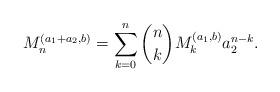
LaTeX: \begin{align*}M_n^{(a_1+a_2,b)}=\sum_{k=0}^n\binom{n}{k}M_k^{(a_1,b)}a_2^{n-k}.\end{align*}